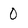
Character: 0